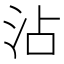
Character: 沾